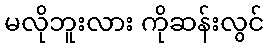
မလိုဘူးလား ကိုဆန်းလွင်